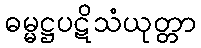
ဓမ္မဋ္ဌပဋိသံယုတ္တာ